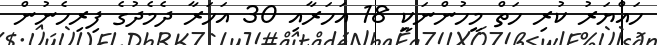
ހައްޔަރު ކުރި ހަތް މީހުންނަކީ 18 އަހަރާއި 30 އަހަރާ ދެމެދުގެ ފިރިހެނުން